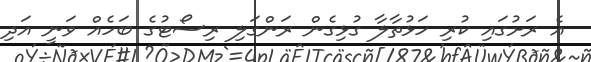
އެ ރަށުގައި ކުރި ހަޅުތާލާ ގުޅިގެން ރަންގަލި ރިސޯޓުގެ ބަހެއް ވަނީ އަދި